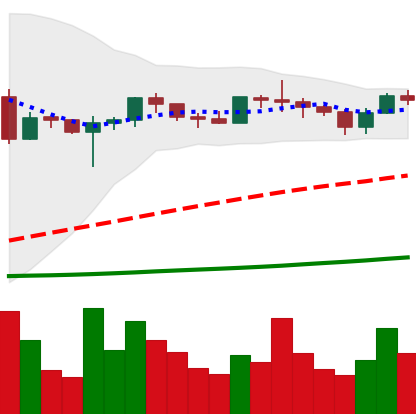
Ticker: ADA-USD
Chart end date: 2020-06-30
Forward return: 18.161%
Label: up_7plus